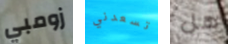
زومبي تسعدني هل